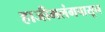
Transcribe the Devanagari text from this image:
हाजीमलंगपासून